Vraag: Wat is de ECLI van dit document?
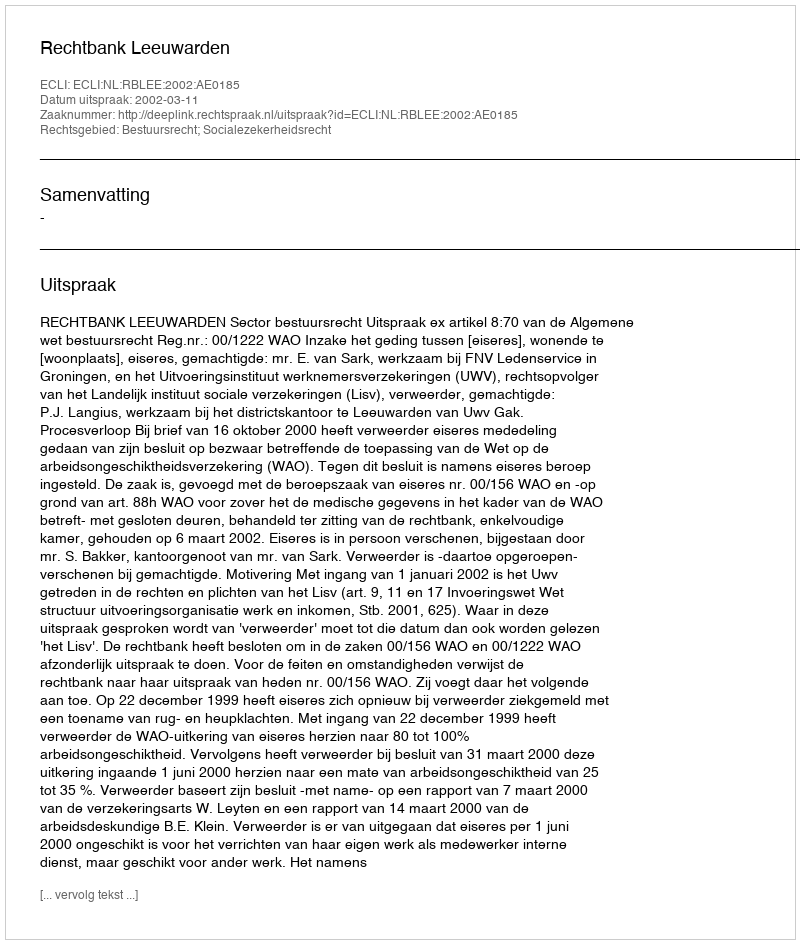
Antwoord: ECLI:NL:RBLEE:2002:AE0185